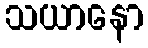
သယာနော